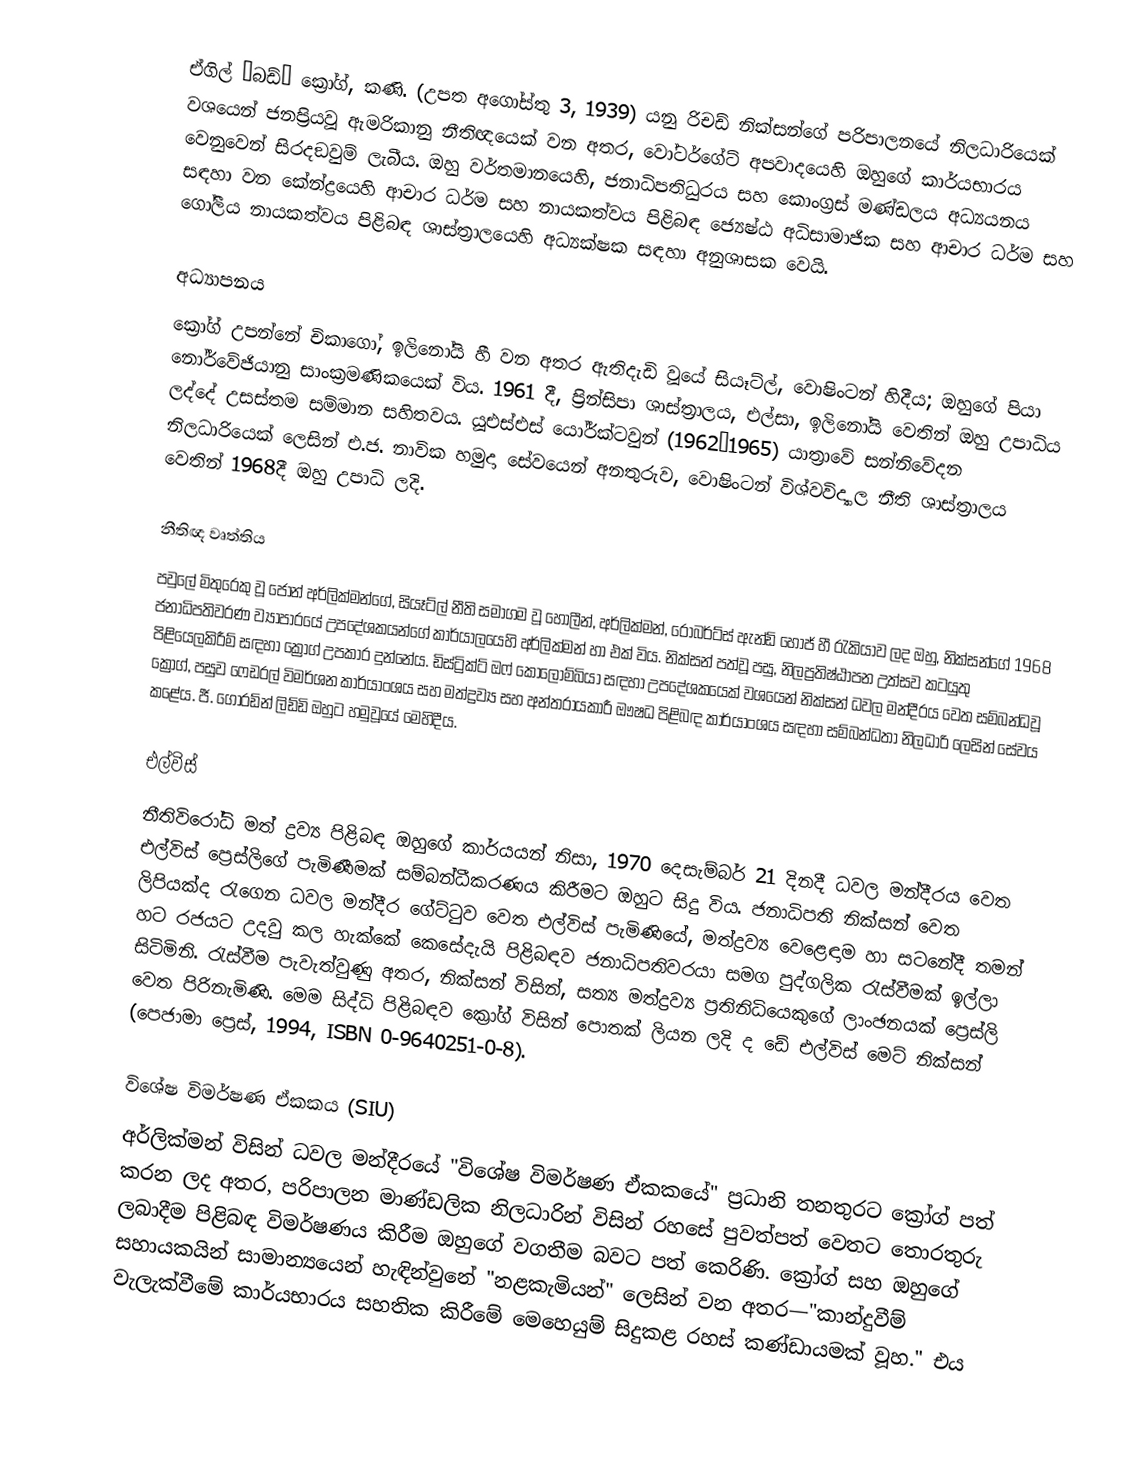
ඒගිල් “බඩ්” ක්‍රෝග්, කණි. (උපත අගෝස්තු 3, 1939) යනු රිචඩ් නික්සන්ගේ පරිපාලනයේ නිලධාරියෙක් වශයෙන් ජනප්‍රියවූ ඇමරිකානු නීතිඥයෙක් වන අතර, වෝටර්ගේට් අපවාදයෙහි ඔහුගේ කාර්යභාරය වෙනුවෙන් සිරදඞුවම් ලැබීය.  ඔහු වර්තමානයෙහි,    ජනාධිපතිධුරය සහ කොංග්‍රස් මණ්ඩලය අධ්‍යයනය සඳහා වන කේන්ද්‍රයෙහි ආචාර ධර්ම සහ නායකත්වය පිළිබඳ ජ්‍යෙෂ්ඨ අධිසාමාජික සහ  ආචාර ධර්ම සහ ගෝලීය නායකත්වය පිළිබඳ ශාස්ත්‍රාලයෙහි අධ්‍යක්ෂක සඳහා අනුශාසක වෙයි.

අධ්‍යාපනය
ක්‍රෝග් උපන්නේ චිකාගෝ, ඉලිනෝයි හී වන අතර ඇතිදැඩි වූයේ සියෑට්ල්, වොෂිංටන් හිදීය; ඔහුගේ පියා නෝර්වේජියානු සාංක්‍රමණිකයෙක් විය. 1961 දී, ප්‍රින්සිපා ශාස්ත්‍රාලය, එල්සා, ඉලිනෝයි වෙතින් ඔහු උපාධිය ලද්දේ උසස්තම සම්මාන සහිතවය. යූඑස්එස් යෝර්ක්ටවුන් (1962–1965) යාත්‍රාවේ සන්නිවේදන නිලධාරියෙක් ලෙසින්  එ.ජ. නාවික හමුදා සේවයෙන් අනතුරුව, වොෂිංටන් විශ්වවිද්‍යාල නීති ශාස්ත්‍රාලය වෙතින්  1968දී ඔහු උපාධි ලදි.

නීතිඥ වෘත්තිය
පවුලේ මිතුරෙකු වූ ජෝන් අර්ලික්මන්ගේ, සියෑට්ල් නීති සමාගම වූ  හොලීන්, අර්ලික්මන්, රොබර්ට්ස් ඇන්ඩ් හොජ් හී රැකියාව ලද ඔහු, නික්සන්ගේ 1968 ජනාධිපතිවරණ ව්‍යාපාරයේ උපදේශකයන්ගේ කාර්යාලයෙහි අර්ලික්මන් හා එක් විය.  නික්සන් පත්වූ පසු, නිලප්‍රතිෂ්ඨාපන උත්සව කටයුතු පිළියෙලකිරීම් සඳහා ක්‍රෝග් උපකාර දුන්නේය.  ඩිස්ට්‍රික්ට් ඔෆ් කොලොම්බියා සඳහා උපදේශකයෙක් වශයෙන් නික්සන් ධවල මන්දීරය වෙත සම්බන්ධවූ ක්‍රෝග්, පසුව ෆෙඩරල් විමර්ශන කාර්යාංශය  සහ  මත්ද්‍රව්‍ය සහ අන්තරායකාරී ඖෂධ පිළිබඳ කාර්යාංශය සඳහා සම්බන්ධතා නිලධාරි ලෙසින් සේවය කළේය.  ජී. ගෝරඩ්න් ලිඩ්ඩි ඔහුට හමුවූයේ මෙහිදීය.

එල්විස්
නීතිවිරෝධි මත් ද්‍රව්‍ය පිළිබඳ ඔහුගේ කාර්යයන් නිසා, 1970 දෙසැම්බර් 21 දිනදී ධවල මන්දීරය වෙත  එල්විස් ප්‍රෙස්ලිගේ පැමිණීමක් සම්බන්ධීකරණය කිරීමට ඔහුට සිදු විය.  ජනාධිපති නික්සන් වෙත ලිපියක්ද රැගෙන ධවල මන්දීර ගේට්ටුව වෙත එල්විස් පැමිණියේ, මත්ද්‍රව්‍ය වෙළෙඳාම හා සටනේදී තමන් හට රජයට උදවු කල හැක්කේ කෙසේදැයි පිළිබඳව ජනාධිපතිවරයා සමග පුද්ගලික රැස්වීමක් ඉල්ලා සිටිමිනි.  රැස්වීම පැවැත්වුණු අතර, නික්සන් විසින්, සත්‍ය මත්ද්‍රව්‍ය ප්‍රතිනිධියෙකුගේ ලාංඡනයක්  ප්‍රෙස්ලි වෙත පිරිනැමිණි. මෙම සිද්ධි පිළිබඳව ක්‍රෝග් විසින් පොතක් ලියන ලදි ද ඩේ එල්විස් මෙට් නික්සන් (පෙජාමා  ප්‍රෙස්, 1994, ISBN 0-9640251-0-8).

විශේෂ විමර්ෂණ ඒකකය (SIU)
අර්ලික්මන් විසින් ධවල මන්දීරයේ "විශේෂ විමර්ෂණ ඒකකයේ" ප්‍රධානි තනතුරට ක්‍රෝග් පත් කරන ලද අතර, පරිපාලන මාණ්ඩලික නිලධාරින් විසින් රහසේ පුවත්පත් වෙතට තොරතුරු ලබාදීම පිළිබඳ විමර්ෂණය කිරීම ඔහුගේ වගතීම බවට පත් කෙරිණි. ක්‍රෝග් සහ ඔහුගේ සහායකයින් සාමාන්‍යයෙන් හැඳින්වුනේ  "නළකැමියන්" ලෙසින් වන අතර—"කාන්දුවීම් වැලැක්වීමේ කාර්යභාරය සහතික කිරීමේ මෙහෙයුම් සිදුකළ රහස් කණ්ඩායමක් වූහ." එය